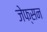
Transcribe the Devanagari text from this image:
जेफ्सन